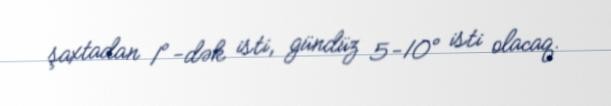
şaxtadan 1°-dək isti, gündüz 5-10° isti olacaq.